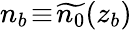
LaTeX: n_{b}\! \equiv\! \widetilde{n_{0}}(z_{b})